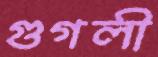
গুগলী